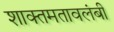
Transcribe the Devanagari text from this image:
शाक्तमतावलंबी